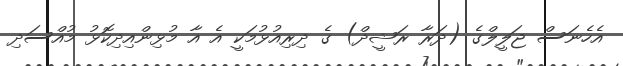
އެހެނަސް ޖަލީލްގެ (ދަރާ ރަޝީދް) ގެ ދިރިއުޅުމަކީ އެ އާ މުޅިންއިދިކޮޅު މުއްސަދި